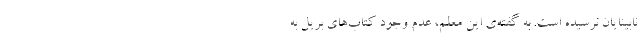
نابینایان نرسیده است. به گفته‌ی این معلم، عدم وجود کتاب‌های بریل به